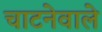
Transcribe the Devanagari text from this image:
चाटनेवाले